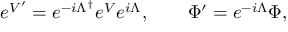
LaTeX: e ^ { V ^ { \prime } } = e ^ { - i \Lambda ^ { \dagger } } e ^ { V } e ^ { i \Lambda } , \qquad \Phi ^ { \prime } = e ^ { - i \Lambda } \Phi ,